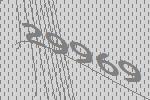
29969